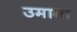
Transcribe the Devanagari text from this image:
उमामा